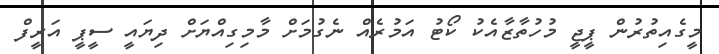
މީގެއިތުރުން ޕީޖީ މުހުތާޒާއެކު ކޯޓު އަމުރެއް ނެގުމަށް މާމިގިއްޔަށް ދިޔައީ ސީޕީ އަރީފް